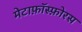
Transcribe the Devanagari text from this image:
मेटाफ़ॉस्फ़ोरस